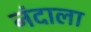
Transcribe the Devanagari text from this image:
नंदाला